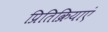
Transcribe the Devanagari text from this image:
प्रितिक्रियाएं